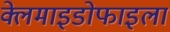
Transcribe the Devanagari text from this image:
क्लेमाइडोफाइला